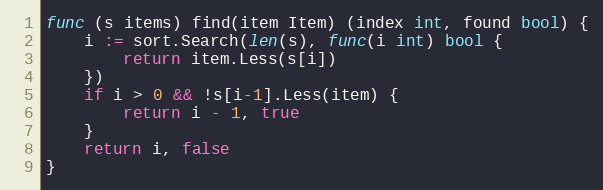
Language: Go
func (s items) find(item Item) (index int, found bool) {
	i := sort.Search(len(s), func(i int) bool {
		return item.Less(s[i])
	})
	if i > 0 && !s[i-1].Less(item) {
		return i - 1, true
	}
	return i, false
}